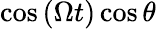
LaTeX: \cos{\left(\Omega t\right)}\cos{\theta}